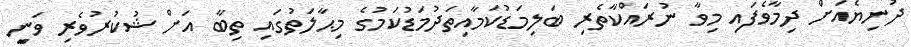
ދުނިޔެއަށް ދިމާވެފައި މިވާ ނުރައްކާތެރި ބަލިމަޑުކަމާއިތަދުމަޑުކަމުގެ މިޙާލަތުގައި ތިބާ އަށް ޝުކުރުވެރި ވަނިީ